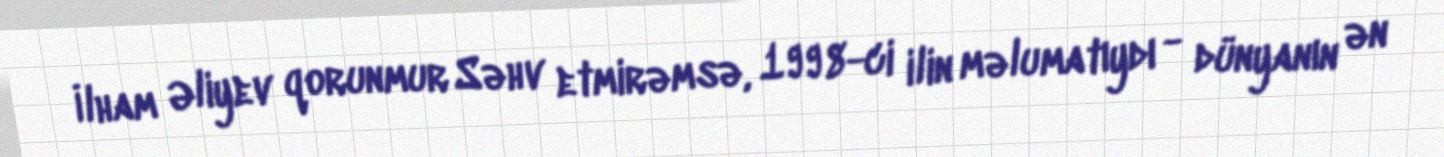
İlham Əliyev qorunmur Səhv etmirəmsə, 1998-ci ilin məlumatıydı - dünyanın ən